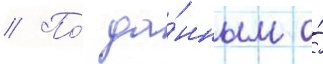
// По́ да́нным о́